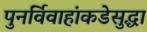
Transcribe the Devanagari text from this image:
पुनर्विवाहांकडेसुद्धा